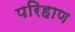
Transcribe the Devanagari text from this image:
परिहाण